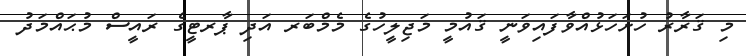
މި ޤަރާރު ހުށަހަޅުއްވާފައިވަނީ ޤައުމީ މަޖިލީހުގެ މެމްބަރ އަދި ޕާރޓީގެ ރައީސް މުޙައްމަދު